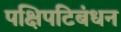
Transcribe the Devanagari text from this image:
पक्षिपटिबंधन